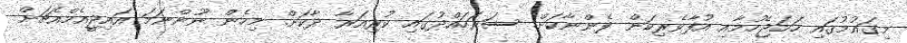
މިގައުމުގައި ހަމަޖެހުމާއި އުފާވެރިކަން ފެންނާކަށް. ސަރަހައްދުގައި ކުރިއަރާ ދާކަށް. މިހެން ނޫންނަމަ އައިޖީއެމްއެޗަށް